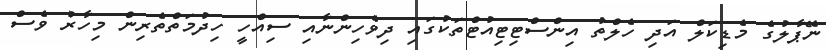
ނޭޕާލުގެ މެޑިކަލް އަދި ހެލްތު އިންސްޓިޓިއުޓްތަކުގައި ދިވެހިންނާއި ސިއްހީ ހިދުމަތްތެރިން މިހާރު ވެސް